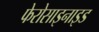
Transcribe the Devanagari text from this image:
फेरोसाइनाइड